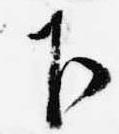
下